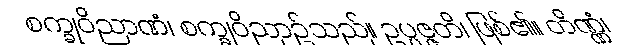
စက္ခုဝိညာဏံ၊ စက္ခုဝိညာဉ်သည်။ ဥပ္ပဇ္ဇတိ၊ ဖြစ်၏။ တိဏ္ဏံ၊